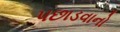
પછાડવાનો